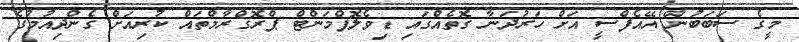
މީގެ ސަބަބުން އޭއެފްސީ އަށް ހަރުދަނާ ގޮތެއްގައި ޑިވެލޮޕްމަންޓް ޕްރޮގްރާމްތައް ކުރިއަށް ގެންދިއުމުގެ